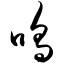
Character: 呜